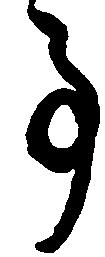
事